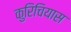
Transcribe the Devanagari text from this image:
कुरिचियास